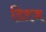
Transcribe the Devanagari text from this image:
डिऱज